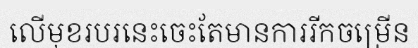
លើមុខរបរនេះចេះតែមានការរីកចម្រើន